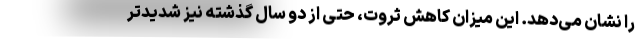
را نشان می‌دهد. این میزان کاهش ثروت، حتی از دو سال گذشته نیز شدیدتر